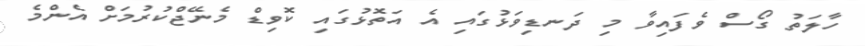
ހާލަތު ގޯސް ވެފައިވާ މި ދަނޑިވަޅުގައި އެ އަތޮޅުގައި ކޮވިޑް މެނޭޖްކުރުމަށް އެންމެ